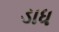
ડાધ